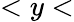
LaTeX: <y<